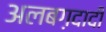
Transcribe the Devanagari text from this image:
अलबग़दादी